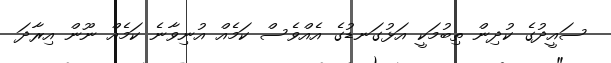
ސައީދުގެ ކުދިން ތިބުމަކީ އަޅުގަނޑުގެ އެއްވެސް ކަމެއް އުނިވާނެ ކަމެއް ނޫން އިރާދަ